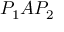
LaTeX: P _ { 1 } A P _ { 2 }